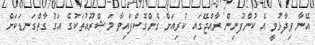
އޭނާ ވިދާޅުވީ އެ ކުންފުނިން ރާއްޖޭގައި ކުރިއަށް ގެންގޮސްފައިވާ މަޝްރޫއުތަކުގެ އަގު ގާތްގަނޑަކަށް